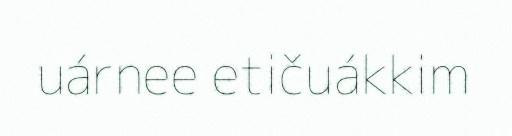
uárnee etičuákkim